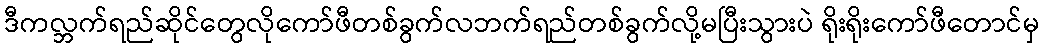
ဒီကလ္ဘက်ရည်ဆိုင်တွေလိုကော်ဖီတစ်ခွက်လဘက်ရည်တစ်ခွက်လို့မပြီးသွားပဲ ရိုးရိုးကော်ဖီတောင်မှ